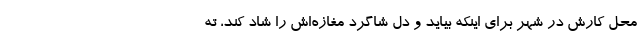
محل کارش در شهر برای اینکه بیاید و دل شاگرد مغازه‌اش را شاد کند، ته